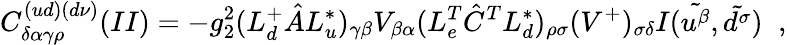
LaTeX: C_{\delta\alpha\gamma\rho}^{(ud)(d\nu)}(II)=-g_{2}^{2}(L_{d}^{+}\hat{A}L_{u}^{*})_{\gamma\beta}V_{\beta\alpha}(L_{e}^{T}\hat{C}^{T}L_{d}^{*})_{\rho\sigma}(V^{+})_{\sigma\delta}I(\tilde{u^{\beta}},\tilde{d^{\sigma}})\; \; ,